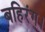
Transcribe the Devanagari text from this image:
बहिरंग।